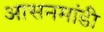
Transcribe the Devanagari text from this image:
आसनमांडी